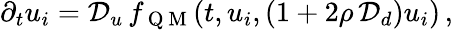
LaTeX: \begin{array}{r}{\partial_{t}u_{i}=\mathcal{D}_{u}\, f_{\mathrm{~Q~M~}}(t,u_{i},(1+2\rho\, \mathcal{D}_{d})u_{i})\, ,}\end{array}